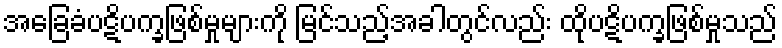
အခြေခံပဋိပက္ခဖြစ်မှုများကို မြင်သည့်အခါတွင်လည်း ထိုပဋိပက္ခဖြစ်မှုသည်